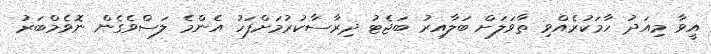
އީވާ މިއަދު ހާމަކުރެއްވި ތާވަލަށް ބަލާއިރު ބަޖެޓު ދިރާސާކުރުމަށްފަހު އެންމެ ލަސްވެގެން ނޮވެމްބަރު